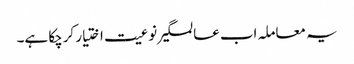
یہ معاملہ اب عالمگیر نوعیت اختیار کرچکا ہے۔